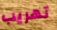
تهريب